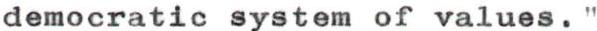
democratic system of values."